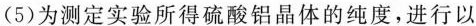
(5)为测定实验所得硫酸铝晶体的纯度，进行以